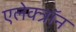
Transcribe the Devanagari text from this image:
एलेक्त्रॉन